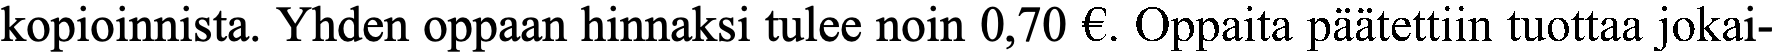
kopioinnista. Yhden oppaan hinnaksi tulee noin 0,70 €. Oppaita päätettiin tuottaa jokai-